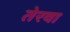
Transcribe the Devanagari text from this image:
तेरवा